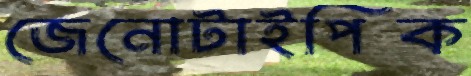
জেনোটাইপিক